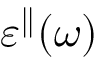
\varepsilon ^ { \parallel } ( \omega )